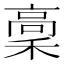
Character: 稾